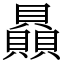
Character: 贔